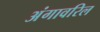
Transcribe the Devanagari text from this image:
अंगावरिल